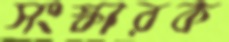
সংস্কারক